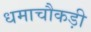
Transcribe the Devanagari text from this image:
धमाचौकड़ी